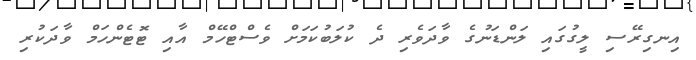
އިނގިރޭސި ލީގުގައި ލަންޑަނުގެ ވާދަވެރި ދެ ކުލަބުކަމަށް ވެސްޓްހޭމް އާއި ޓޮޓެންހަމް ވާދަކުރި